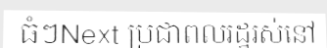
ធំៗNext ប្រជាពលរដ្ឋរស់នៅ